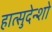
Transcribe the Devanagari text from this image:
हात्सुदेन्शो